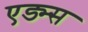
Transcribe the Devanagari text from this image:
एड्म्स